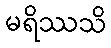
မရိဿသိ